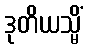
ဒုတိယသ္မိံ